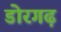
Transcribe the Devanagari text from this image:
डोरगढ़